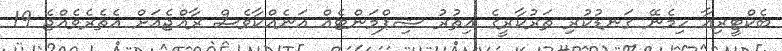
ބެކްޓީރިއާ ހިމެނޭ ގަނޑުކުރި ތަރުކާރީގެ އިތުރު ޝިޕްމަންޓެއް އަނެއްކާވެސް ރާއްޖެއަށް އެތެރެވެއްޖެ 19